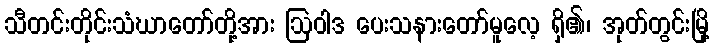
သီတင်းတိုင်းသံဃာတော်တို့အား ဩဝါဒ ပေးသနားတော်မူလေ့ ရှိ၏၊ အုတ်တွင်းမြို့